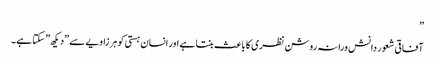
”
آفاقی شعور دانش ورانہ روشن نظری کا باعث بنتا ہے اور انسان ہستی کو ہر زاویے سے ”دیکھ” سکتا ہے۔